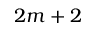
2 m + 2